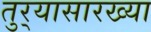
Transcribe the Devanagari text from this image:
तुर्‍यासारख्या